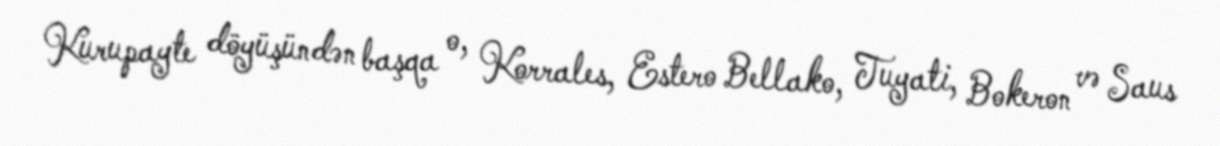
Kurupayte döyüşündən başqa o, Korrales, Estero Bellako, Tuyati, Bokeron və Saus